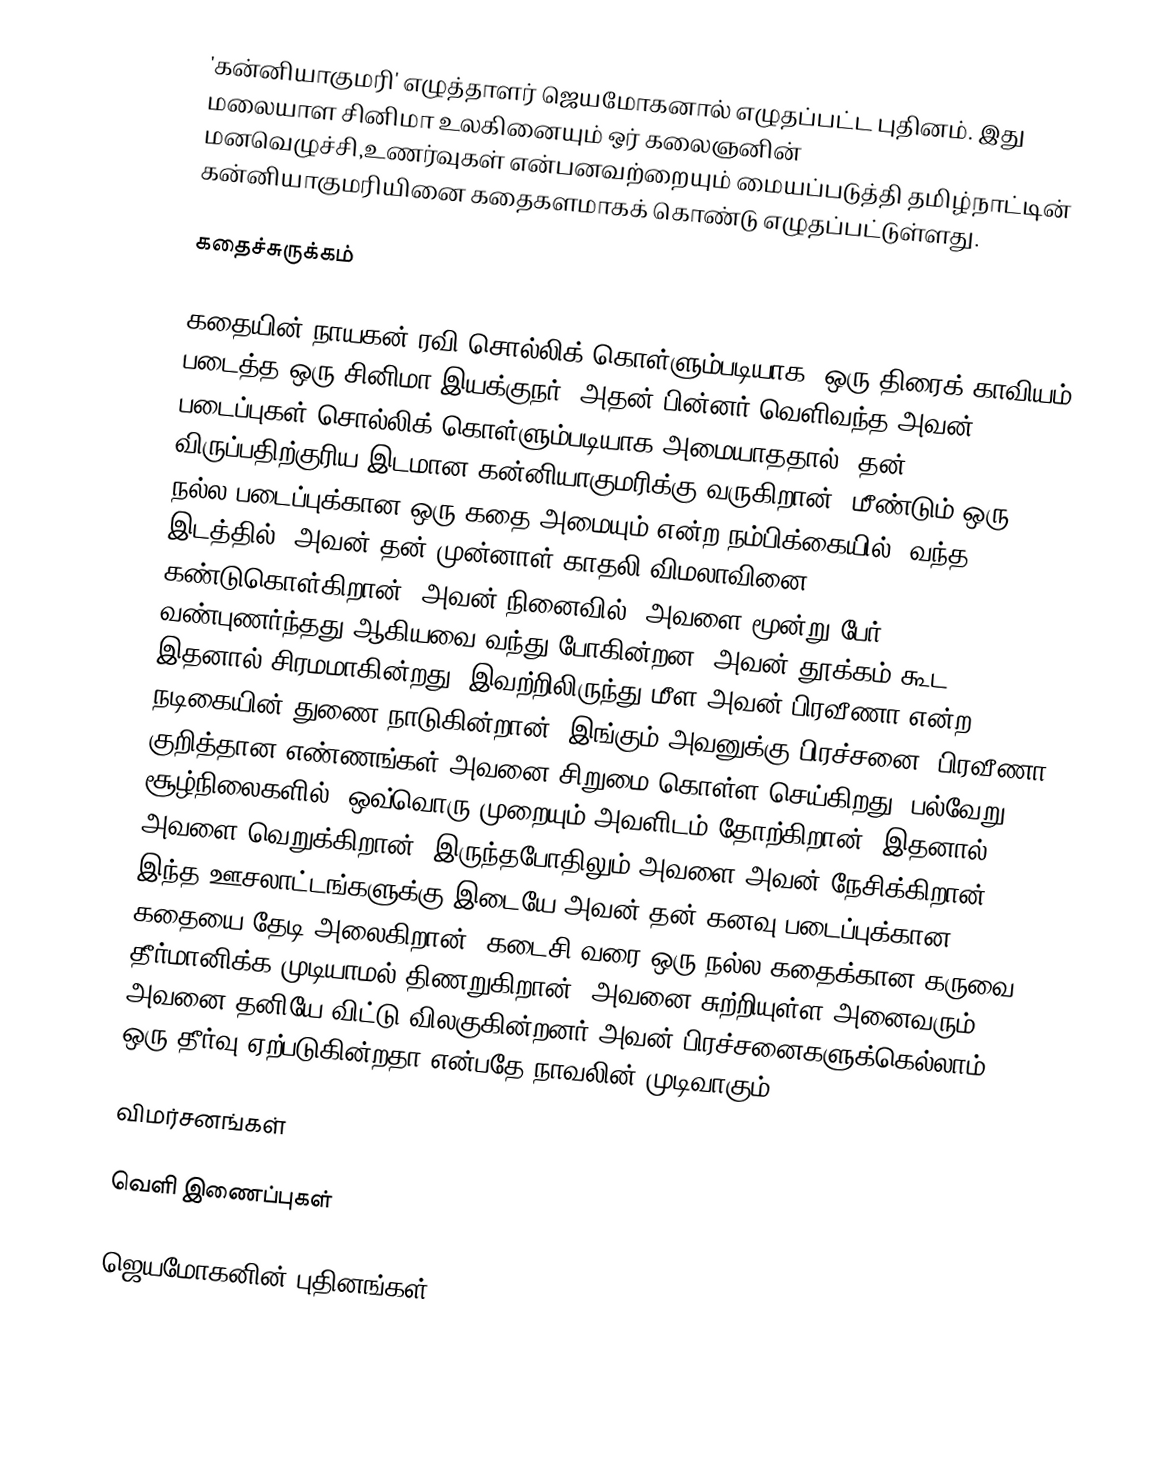
'கன்னியாகுமரி' எழுத்தாளர் ஜெயமோகனால் எழுதப்பட்ட புதினம். இது மலையாள சினிமா உலகினையும் ஒர் கலைஞனின் மனவெழுச்சி,உணர்வுகள் என்பனவற்றையும் மையப்படுத்தி தமிழ்நாட்டின் கன்னியாகுமரியினை கதைகளமாகக் கொண்டு எழுதப்பட்டுள்ளது.

கதைச்சுருக்கம்

கதையின் நாயகன் ரவி சொல்லிக் கொள்ளும்படியாக, ஒரு திரைக் காவியம் படைத்த ஒரு சினிமா இயக்குநர். அதன் பின்னர் வெளிவந்த அவன் படைப்புகள் சொல்லிக் கொள்ளும்படியாக அமையாததால், தன்  விருப்பதிற்குரிய இடமான கன்னியாகுமரிக்கு வருகிறான், மீண்டும் ஒரு நல்ல படைப்புக்கான ஒரு கதை அமையும் என்ற நம்பிக்கையில். வந்த இடத்தில், அவன் தன் முன்னாள் காதலி விமலாவினை கண்டுகொள்கிறான். அவன் நினைவில்,  அவளை மூன்று பேர் வண்புணர்ந்தது ஆகியவை வந்து போகின்றன. அவன் தூக்கம் கூட இதனால் சிரமமாகின்றது. இவற்றிலிருந்து மீள அவன் பிரவீணா என்ற நடிகையின் துணை நாடுகின்றான். இங்கும் அவனுக்கு பிரச்சனை. பிரவீணா குறித்தான எண்ணங்கள் அவனை சிறுமை கொள்ள செய்கிறது. பல்வேறு சூழ்நிலைகளில், ஒவ்வொரு முறையும் அவளிடம் தோற்கிறான். இதனால் அவளை வெறுக்கிறான், இருந்தபோதிலும் அவளை அவன் நேசிக்கிறான். இந்த ஊசலாட்டங்களுக்கு இடையே அவன் தன் கனவு படைப்புக்கான கதையை தேடி அலைகிறான். கடைசி வரை ஒரு நல்ல கதைக்கான கருவை தீர்மானிக்க முடியாமல் திணறுகிறான். அவனை சுற்றியுள்ள அனைவரும் அவனை தனியே விட்டு விலகுகின்றனர்.அவன் பிரச்சனைகளுக்கெல்லாம் ஒரு தீர்வு ஏற்படுகின்றதா என்பதே நாவலின் முடிவாகும்.

விமர்சனங்கள்

வெளி இணைப்புகள்

ஜெயமோகனின் புதினங்கள்